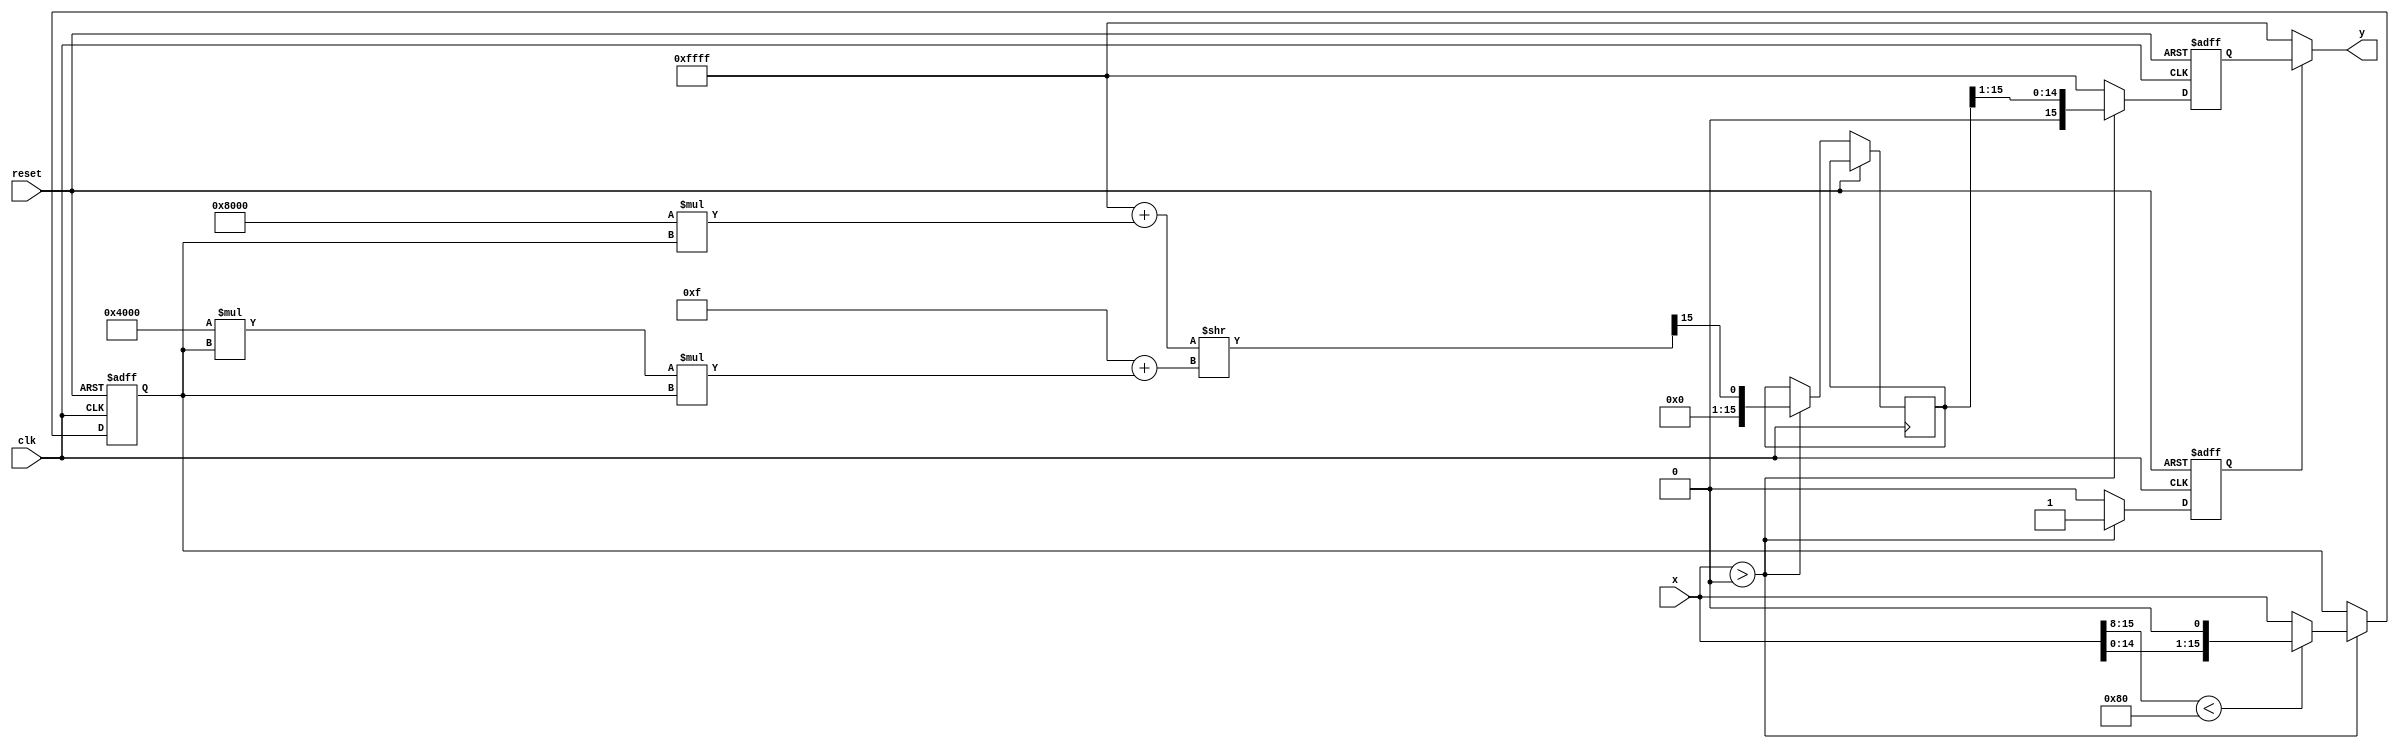
module PolynomialApproximationReciprocal(
    input  wire [15:0] x,  // Input (X), 16-bit fixed-point value (0.0 to 1.0)
    output wire [15:0] y,   // Output (Y), computed reciprocal
    input  wire clk,        // Clock signal
    input  wire reset       // Reset signal
);

    // Polynomial coefficients for the approximation (e.g., 1 - x + x^2)
    parameter [15:0] COEF_0 = 16'hFFFF; // Coefficient for x^0 (1)
    parameter [15:0] COEF_1 = 16'h8000; // Coefficient for x^1 (-1)
    parameter [15:0] COEF_2 = 16'h4000; // Coefficient for x^2 (1/2)

    reg [15:0] x_norm;   // Normalized input (scaled to [0.5, 1.0])
    reg [15:0] y_temp;   // Temporary output value
    reg [15:0] final_output; // Final output value
    reg valid;

    // Input validation and normalization
    always @(posedge clk or posedge reset) begin
        if (reset) begin
            x_norm <= 16'h0;
            final_output <= 16'h0;
            valid <= 1'b0;
        end else if (x > 16'h0000) begin // Check for X > 0
            // Normalize input to range [0.5, 1.0]
            x_norm <= (x[15:8] < 8'h80) ? (x << 1) : x; // Scale up if x < 0.5
            valid <= 1'b1;
            // Polynomial evaluation using Horner's method
            y_temp <= COEF_0 + (COEF_1 * x_norm) >> 15 + (COEF_2 * x_norm * x_norm) >> 15;
            // Scaling the output back
            final_output <= (y_temp >> 1); // Adjusting according to normalization
        end else begin
            // Output predefined value or error (e.g., infinity for X <= 0)
            final_output <= 16'hFFFF; // Example error value for output (e.g., infinity)
            valid <= 1'b0;
        end
    end

    // Assign the final output to the output port
    assign y = (valid) ? final_output : 16'hFFFF; // Output or error value

endmodule